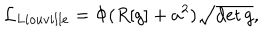
LaTeX: { \cal L } _ { L i o u v i l l e } = \Phi ( R [ g ] + a ^ { 2 } ) \sqrt { \det g } ,